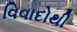
વિવાદોથી